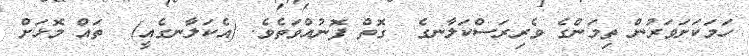
ހަމަކަށަވަރުން ތިމަންގެ ވެރިރަސްކަލާނގެ  ގޮތް ފޮނުއްވަތެވެ. (އެކަލާނގެއީ)  ތައް މޮޅަށް